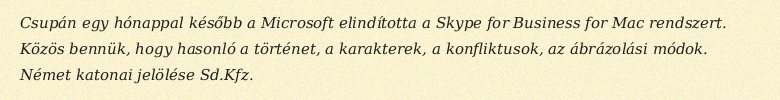
Csupán egy hónappal később a Microsoft elindította a Skype for Business for Mac rendszert. Közös bennük, hogy hasonló a történet, a karakterek, a konfliktusok, az ábrázolási módok. Német katonai jelölése Sd.Kfz.